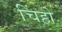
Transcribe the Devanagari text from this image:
चिंहो